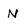
Character: N